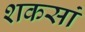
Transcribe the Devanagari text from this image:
शकसां